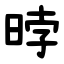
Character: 㫲